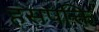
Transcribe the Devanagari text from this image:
हंसपक्ति